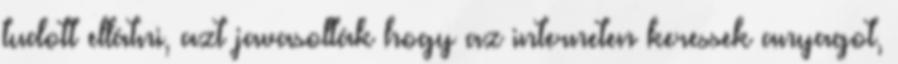
tudott ellátni, azt javasolták hogy az interneten keressek anyagot,